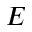
E